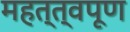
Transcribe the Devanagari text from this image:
महत्त्वपूण